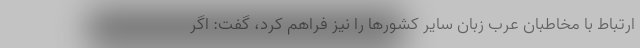
ارتباط با مخاطبان عرب زبان سایر کشورها را نیز فراهم کرد، گفت: اگر